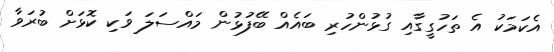
އެކަމަކު އެ ތަހުގީގާއި ގުޅުންހުރި ބައެއް ބޭފުޅުން މައްސަލަ ވަކި ކޮޅަަށް ބުރަވާ